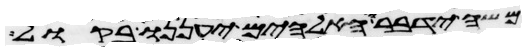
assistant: משה ידבר והאלהים יעננו בקול